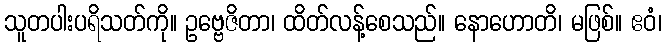
သူတပါးပရိသတ်ကို။ ဥဗ္ဗေဇိတာ၊ ထိတ်လန့်စေသည်။ နောဟောတိ၊ မဖြစ်။ ဧဝံ၊